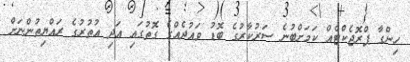
ހިންގާ ޕްރޮޖެކްޓެއް ކަމަށްބުނެ ސަރުކާރުގެ ބޮޑު ވައުދެއްގެ ގޮތުގައި އަދި އުތުރުގެ ރައްޔިތުންނަށް